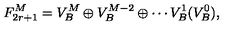
F _ { 2 r + 1 } ^ { M } = V _ { B } ^ { M } \oplus V _ { B } ^ { M - 2 } \oplus \cdots V _ { B } ^ { 1 } ( V _ { B } ^ { 0 } ) ,